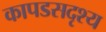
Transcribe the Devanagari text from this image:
कापडसदृश्य